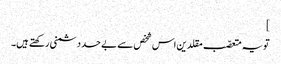
]
تویہ متعصّب مقلدین اس شخص سے بے حد دشمنی رکھتے ہیں۔